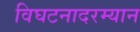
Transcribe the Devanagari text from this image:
विघटनादरम्यान